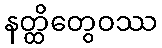
နတ္ထိတွေဝဿ